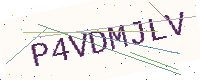
Text: P4VDMJLV